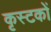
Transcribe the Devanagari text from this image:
कृस्टकों